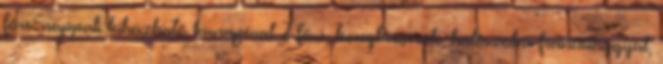
főre: nappali kihúzható kanapéval 2 főre, konyhasarok, hálószoba franciaággyal,